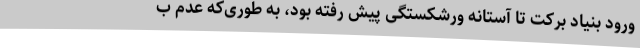
ورود بنیاد برکت تا آستانه ورشکستگی پیش رفته بود، به طوری‌که عدم ب